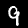
Digit: 9